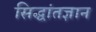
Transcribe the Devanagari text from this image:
सिद्धांतज्ञान